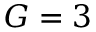
G = 3